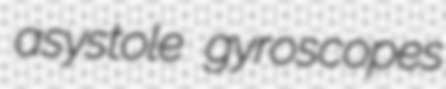
asystole gyroscopes